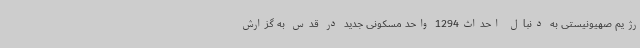
رژیم صهیونیستی به دنبال احداث1294 واحد مسکونی جدید در قدس به گزارش